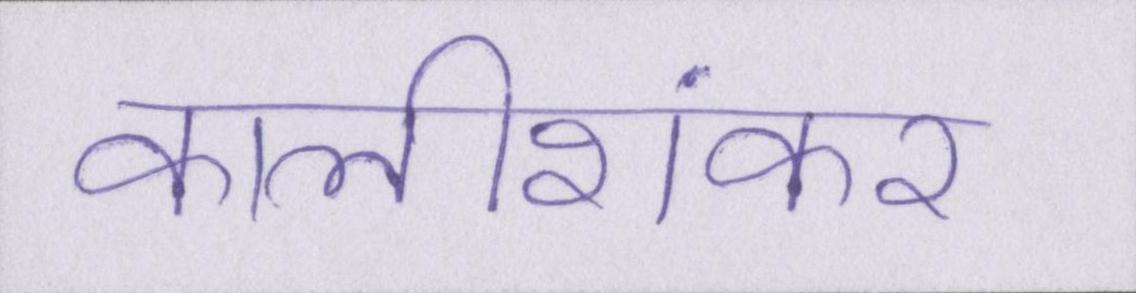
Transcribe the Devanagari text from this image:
कालीशंकर